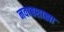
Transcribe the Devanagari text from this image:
नवाबशाह्या